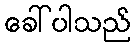
ခေါ်ပါသည်